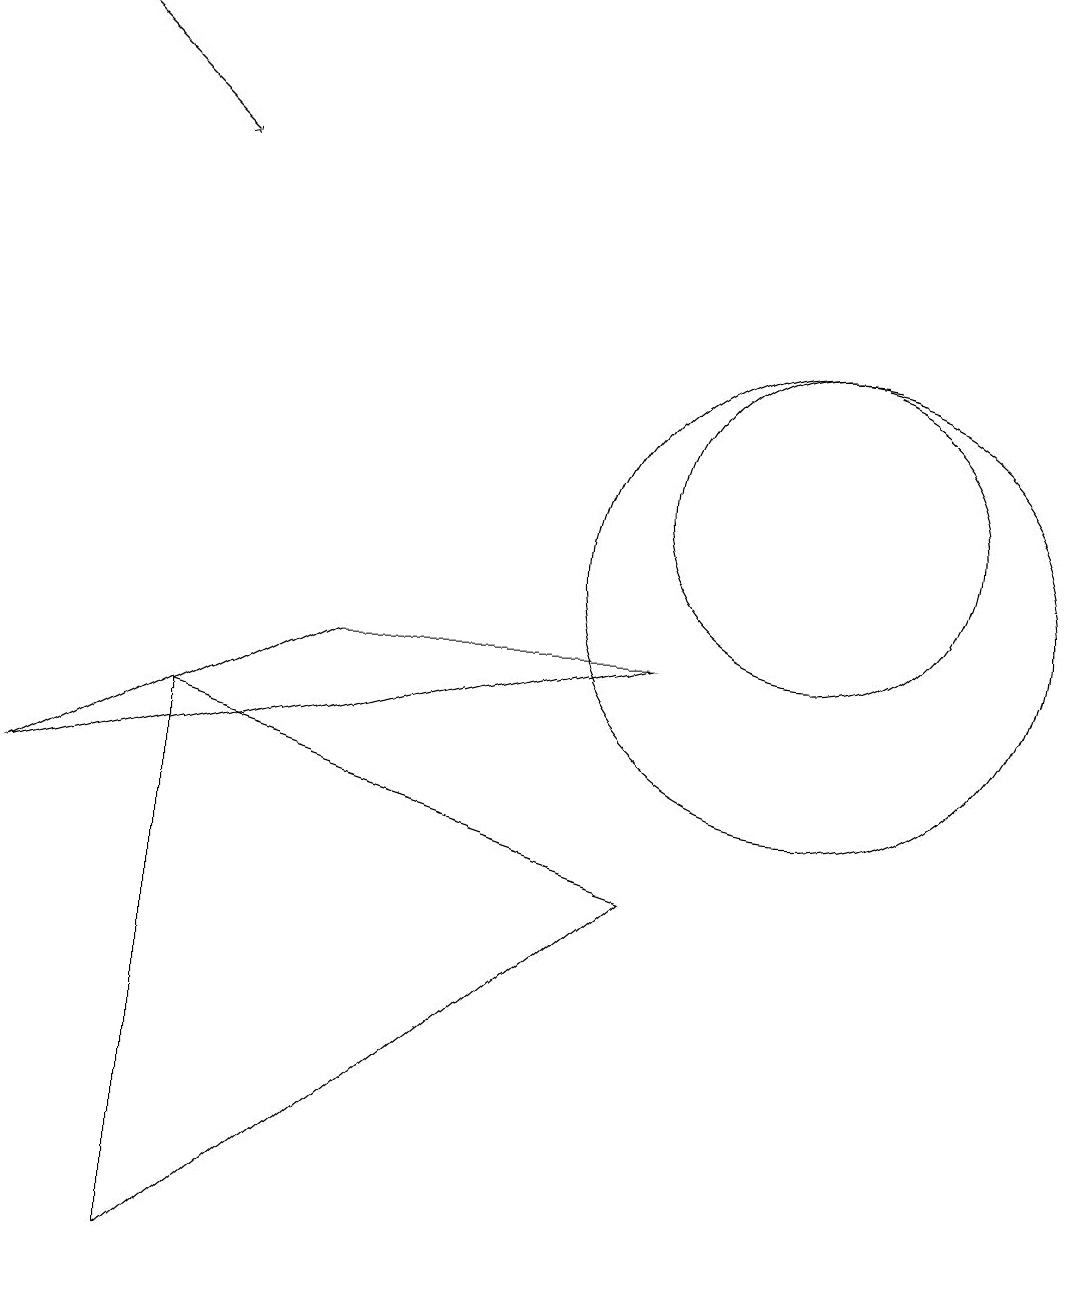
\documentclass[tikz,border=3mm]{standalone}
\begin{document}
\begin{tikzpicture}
\draw[->] (0,17) -- (2,15);
\draw (2,1) -- (2,8) -- (8,6) -- cycle;
\draw (4,9) -- (0,7) -- (8,9) -- cycle;
\draw (10,11) circle (2);
\draw (10,10) circle (3);
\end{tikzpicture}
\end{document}